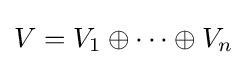
V=V_{1}\oplus \cdots \oplus V_{n}